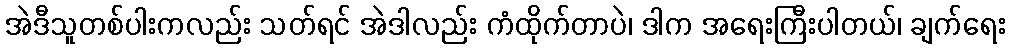
အဲဒီသူတစ်ပါးကလည်း သတ်ရင် အဲဒါလည်း ကံထိုက်တာပဲ၊ ဒါက အရေးကြီးပါတယ်၊ ချက်ရေး